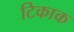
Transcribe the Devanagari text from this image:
टिकाक